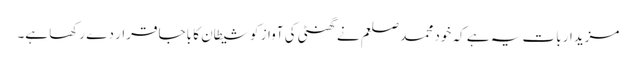
مزیدار بات یہ ہے کہ خود محمد صلعم نے گھنٹی کی آواز کو شیطان کا باجا قرار دے رکھا ہے۔